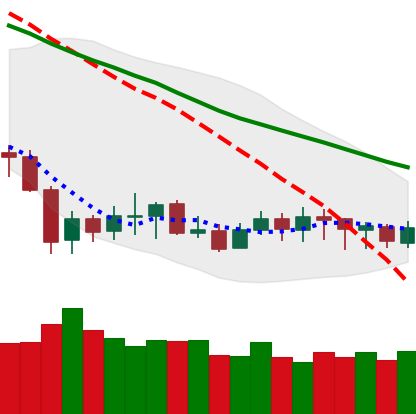
Ticker: XLM-USD
Chart end date: 2020-01-03
Forward return: 7.7%
Label: up_7plus